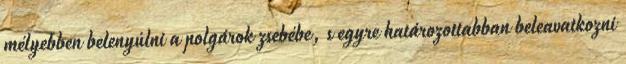
mélyebben belenyúlni a polgárok zsebébe, s egyre határozottabban beleavatkozni